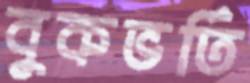
বুকভর্তি